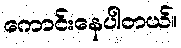
ကောင်းနေပါတယ်။